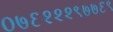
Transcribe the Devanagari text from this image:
०७६२२२९७७६९